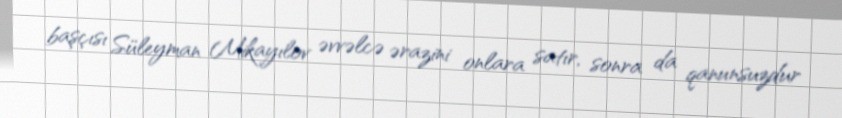
başçısı Süleyman Mikayılov əvvəlcə ərazini onlara satır, sonra da qanunsuzdur